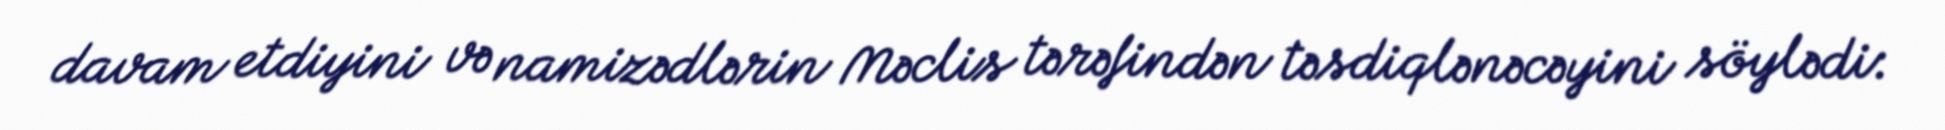
davam etdiyini və namizədlərin Məclis tərəfindən təsdiqlənəcəyini söylədi: